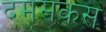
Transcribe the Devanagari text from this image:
दमसकस